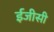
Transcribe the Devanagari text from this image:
ईजीसी